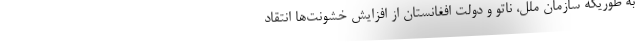
به طوریکه سازمان ملل، ناتو و دولت افغانستان از افزایش خشونت‌ها انتقاد